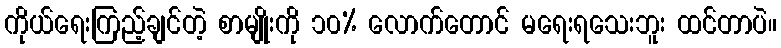
ကိုယ်ရေးကြည့်ချင်တဲ့ စာမျိုးကို ၁၀% လောက်တောင် မရေးရသေးဘူး ထင်တာပဲ။